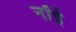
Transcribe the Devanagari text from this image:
नॉई